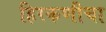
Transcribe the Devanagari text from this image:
हिरकणीचा